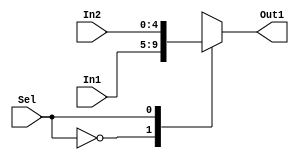
module MultRegDst (In1,In2,Sel,Out1); //load9(0) and store(1)
    input [4:0] In1, In2; //four 32-bit inputs
    input Sel; //selector signal
    output reg [4:0] Out1;// 32-bit output
    always @(In1, In2, Sel) begin
        case (Sel)
            0: Out1 <= In1;
            1: Out1 <= In2;
        endcase
    end
endmodule

module MultALUSrc (In1,In2,Sel,Out2); //Imediato(1) e Registrador(0)
    input [31:0] In1, In2; //four 32-bit inputs
    input Sel; //selector signal
    output reg [31:0] Out2;// 32-bit output
    always @(In1, In2, Sel)
        case (Sel)
            0: Out2 <= In1;
            1: Out2 <= In2;
        endcase
endmodule

module MultMemtoReg (In1,In2,Sel,Out3); //Read(1) e Alu(0)
    input [31:0] In1, In2; //four 32-bit inputs
    input Sel; //selector signal
    output reg [31:0] Out3;// 32-bit output
    always @(In1, In2, Sel)
        case (Sel)
            1: Out3 <= In1;//0
            0: Out3 <= In2;//1
        endcase
endmodule

module MultBranch (In1,In2,Sel,Out4); //Branch(1) e Next(0)
    input [31:0] In1, In2; //four 32-bit inputs
    input Sel; //selector signal
    output reg [31:0] Out4;// Sada para proxima
    always @(In1, In2,  Sel)
        case (Sel)
            0: Out4 <= In1;
            1: Out4 <= In2;
        endcase
endmodule